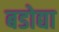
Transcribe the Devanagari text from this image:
बडोद्या